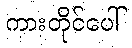
ကားတိုင်ပေါ်